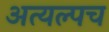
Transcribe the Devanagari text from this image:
अत्यल्पच